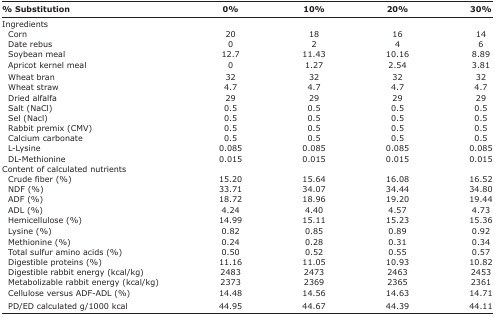
<table><thead><tr><td><b>% Substitution</b></td><td><b>0%</b></td><td><b>10%</b></td><td><b>20%</b></td><td><b>30%</b></td></tr></thead><tbody><tr><td>Ingredients</td><td></td><td></td><td></td><td></td></tr><tr><td> Corn</td><td>20</td><td>18</td><td>16</td><td>14</td></tr><tr><td> Date rebus</td><td>0</td><td>2</td><td>4</td><td>6</td></tr><tr><td> Soybean meal</td><td>12.7</td><td>11.43</td><td>10.16</td><td>8.89</td></tr><tr><td> Apricot kernel meal</td><td>0</td><td>1.27</td><td>2.54</td><td>3.81</td></tr><tr><td> Wheat bran</td><td>32</td><td>32</td><td>32</td><td>32</td></tr><tr><td> Wheat straw</td><td>4.7</td><td>4.7</td><td>4.7</td><td>4.7</td></tr><tr><td> Dried alfalfa</td><td>29</td><td>29</td><td>29</td><td>29</td></tr><tr><td> Salt (NaCl)</td><td>0.5</td><td>0.5</td><td>0.5</td><td>0.5</td></tr><tr><td> Sel (Nacl)</td><td>0.5</td><td>0.5</td><td>0.5</td><td>0.5</td></tr><tr><td> Rabbit premix (CMV)</td><td>0.5</td><td>0.5</td><td>0.5</td><td>0.5</td></tr><tr><td> Calcium carbonate</td><td>0.5</td><td>0.5</td><td>0.5</td><td>0.5</td></tr><tr><td> L-Lysine</td><td>0.085</td><td>0.085</td><td>0.085</td><td>0.085</td></tr><tr><td> DL-Methionine</td><td>0.015</td><td>0.015</td><td>0.015</td><td>0.015</td></tr><tr><td>Content of calculated nutrients</td><td></td><td></td><td></td><td></td></tr><tr><td> Crude fiber (%)</td><td>15.20</td><td>15.64</td><td>16.08</td><td>16.52</td></tr><tr><td> NDF (%)</td><td>33.71</td><td>34.07</td><td>34.44</td><td>34.80</td></tr><tr><td> ADF (%)</td><td>18.72</td><td>18.96</td><td>19.20</td><td>19.44</td></tr><tr><td> ADL (%)</td><td>4.24</td><td>4.40</td><td>4.57</td><td>4.73</td></tr><tr><td> Hemicellulose (%)</td><td>14.99</td><td>15.11</td><td>15.23</td><td>15.36</td></tr><tr><td> Lysine (%)</td><td>0.82</td><td>0.85</td><td>0.89</td><td>0.92</td></tr><tr><td> Methionine (%)</td><td>0.24</td><td>0.28</td><td>0.31</td><td>0.34</td></tr><tr><td> Total sulfur amino acids (%)</td><td>0.50</td><td>0.52</td><td>0.55</td><td>0.57</td></tr><tr><td> Digestible proteins (%)</td><td>11.16</td><td>11.05</td><td>10.93</td><td>10.82</td></tr><tr><td> Digestible rabbit energy (kcal/kg)</td><td>2483</td><td>2473</td><td>2463</td><td>2453</td></tr><tr><td> Metabolizable rabbit energy (kcal/kg)</td><td>2373</td><td>2369</td><td>2365</td><td>2361</td></tr><tr><td> Cellulose versus ADF-ADL (%)</td><td>14.48</td><td>14.56</td><td>14.63</td><td>14.71</td></tr><tr><td> PD/ED calculated g/1000 kcal</td><td>44.95</td><td>44.67</td><td>44.39</td><td>44.11</td></tr></tbody></table>